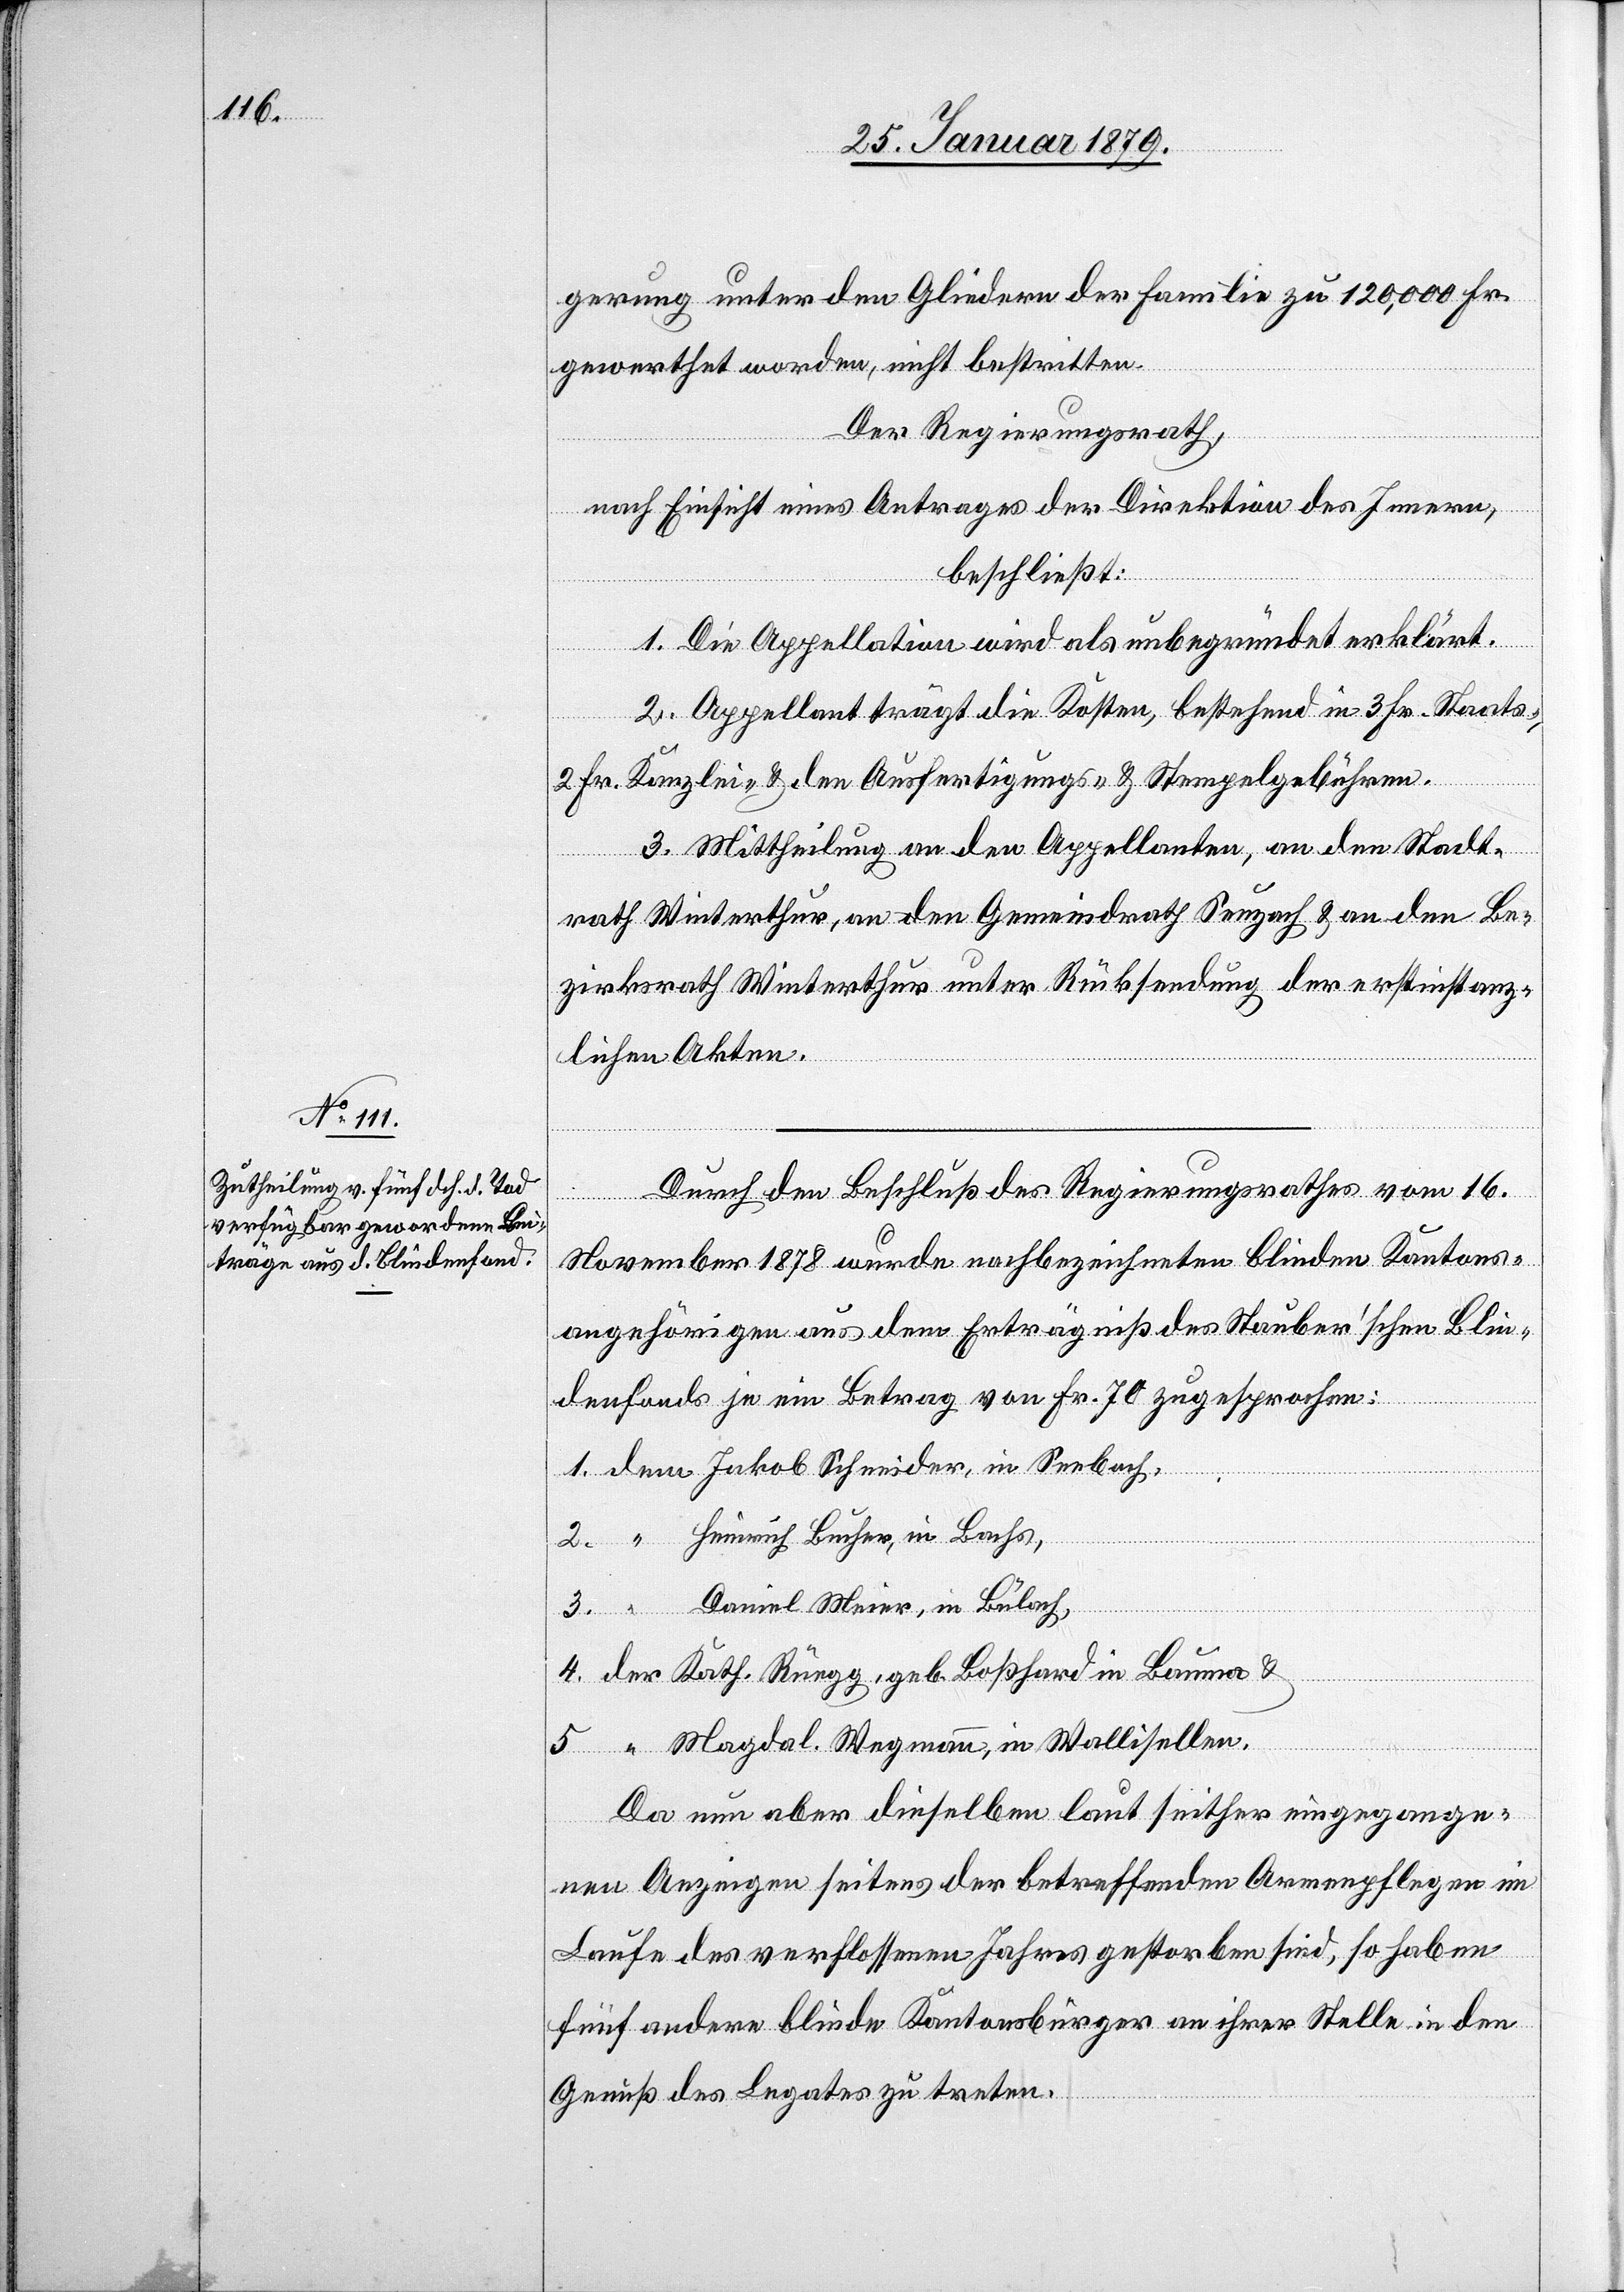
gerung unter den Gliedern der Familie zu 120,000 Fr.
gewerthet worden, nicht bestritten.
Der Regierungsrath,
nach Einsicht eines Antrages der Direktion des Innern,
beschließt:
1. Die Appellation wird als unbegründet erklärt.
2. Appellant trägt die Kosten bestehend in 3 Fr. Staats-,
2 Fr. Kanzlei- & den Ausfertigungs- & Stempelgebühren.
3. Mittheilung an den Appellanten, an den Stadt¬
rath Winterthur, an den Gemeindrath Seuzach & an den Be¬
zirksrath Winterthur unter Rückstellung der erstinstanz¬
lichen Akten.
Durch den Beschluß des Regierungsrathes vom 16.
November 1878 wurde nachbezeichneten blinden Kantons¬
angehörigen aus dem Erträgniß des Stauber’schen Blin¬
denfonds je ein Betrag von Fr. 70 zugesprochen:
1. dem Jakob Schneider, in Seebach,
Heinrich Bucher, in Bachs,
3. “ Daniel Meier, in Bülach,
2.
4. der Kath. Rüegg, geb. Boßhard in Bauma &
5. “ Magdal. Wegmann, in Wallisellen.
Da nun aber dieselben laut seither eingegange¬
nen Anzeigen seitens der betreffenden Armenpflegen im
Laufe des verflossenen Jahres gestorben sind, so haben
fünf andere blinde Kantonsbürger an ihrer Stelle in den
Genuß des Legates zu treten.